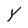
Character: Y